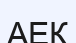
АЕК